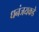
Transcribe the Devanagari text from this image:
धनंजयकडे